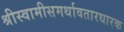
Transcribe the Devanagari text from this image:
श्रीस्वामीसमर्थावतारधारक